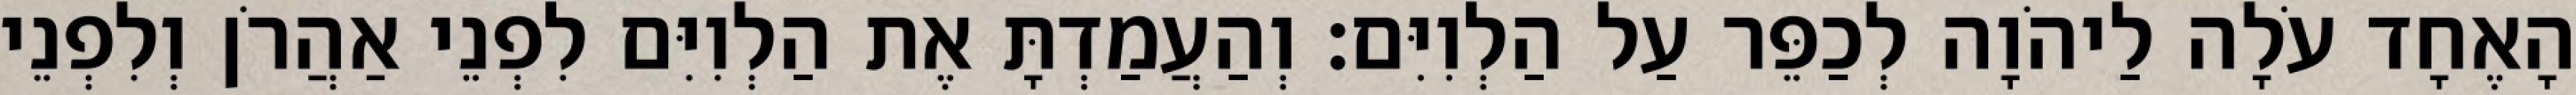
הָאֶחָד עֹלָה לַיהֹוָה לְכַפֵּר עַל הַלְוִיִּם׃ וְהַעֲמַדְתָּ אֶת הַלְוִיִּם לִפְנֵי אַהֲרֹן וְלִפְנֵי